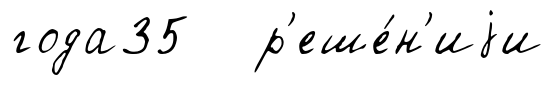
года35 р'еше́н'иjи